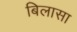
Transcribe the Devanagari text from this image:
बिलासा